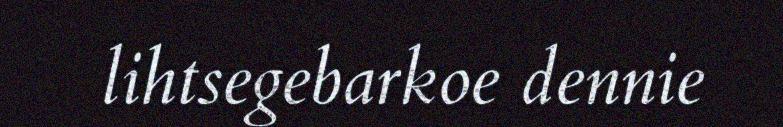
lihtsegebarkoe dennie